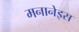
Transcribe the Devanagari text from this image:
मनानेइस